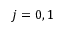
j = 0 , 1